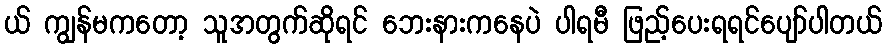
ယ် ကျွန်မကတော့ သူအတွက်ဆိုရင် ဘေးနားကနေပဲ ပါရမီ ဖြည့်ပေးရရင်ပျော်ပါတယ်